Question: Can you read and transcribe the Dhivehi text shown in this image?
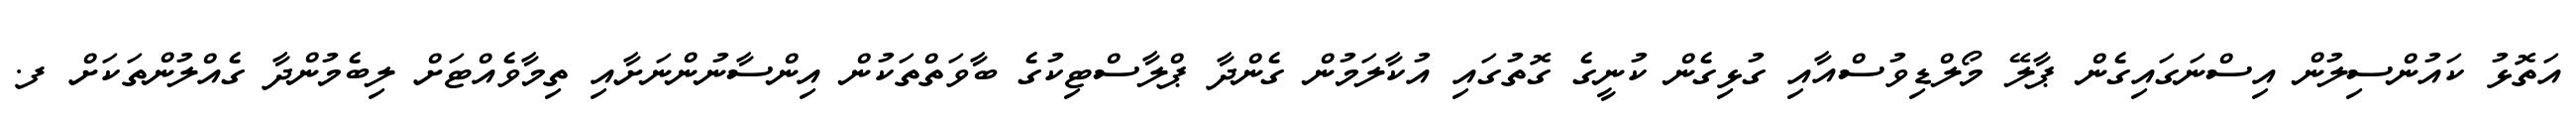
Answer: އަތޮޅު ކައުންސިލުން އިސްނަގައިގެން ޕާލޭ މޯލްޑިވުސްއާއި ގުޅިގެން ކުނީގެ ގޮތުގައި އުކާލަމުން ގެންދާ ޕްލާސްޓިކުގެ ބާވަތްތަކުން އިންސާނުންނަށާއި ތިމާވެއްޓަށް ލިބެމުންދާ ގެއްލުންތަކަށް ފ.